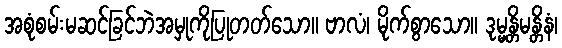
အစုံစမ်းမဆင်ခြင်ဘဲအမှုကိုပြုတတ်သော။ ဗာလံ၊ မိုက်စွာသော။ ဒုမ္မန္တိမန္တိနံ၊